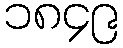
၁၈၄၉